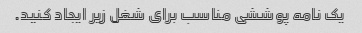
یک نامه پوششی مناسب برای شغل زیر ایجاد کنید.